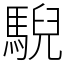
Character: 䮘